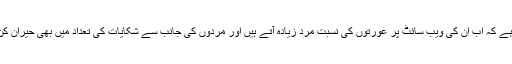
سیو فیس کمپنی کا کہنا ہے کہ اب ان کی ویب سائٹ پر عورتوں کی نسبت مرد زیادہ آتے ہیں اور مردوں کی جانب سے شکایات کی تعداد میں بھی حیران کن طور پر اضافہ ہوا ہے۔